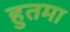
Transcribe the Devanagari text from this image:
हुतमा